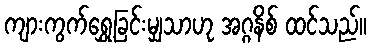
ကျားကွက်ရွှေ့ခြင်းမျှသာဟု အဂ္ဂနိစ် ထင်သည်။